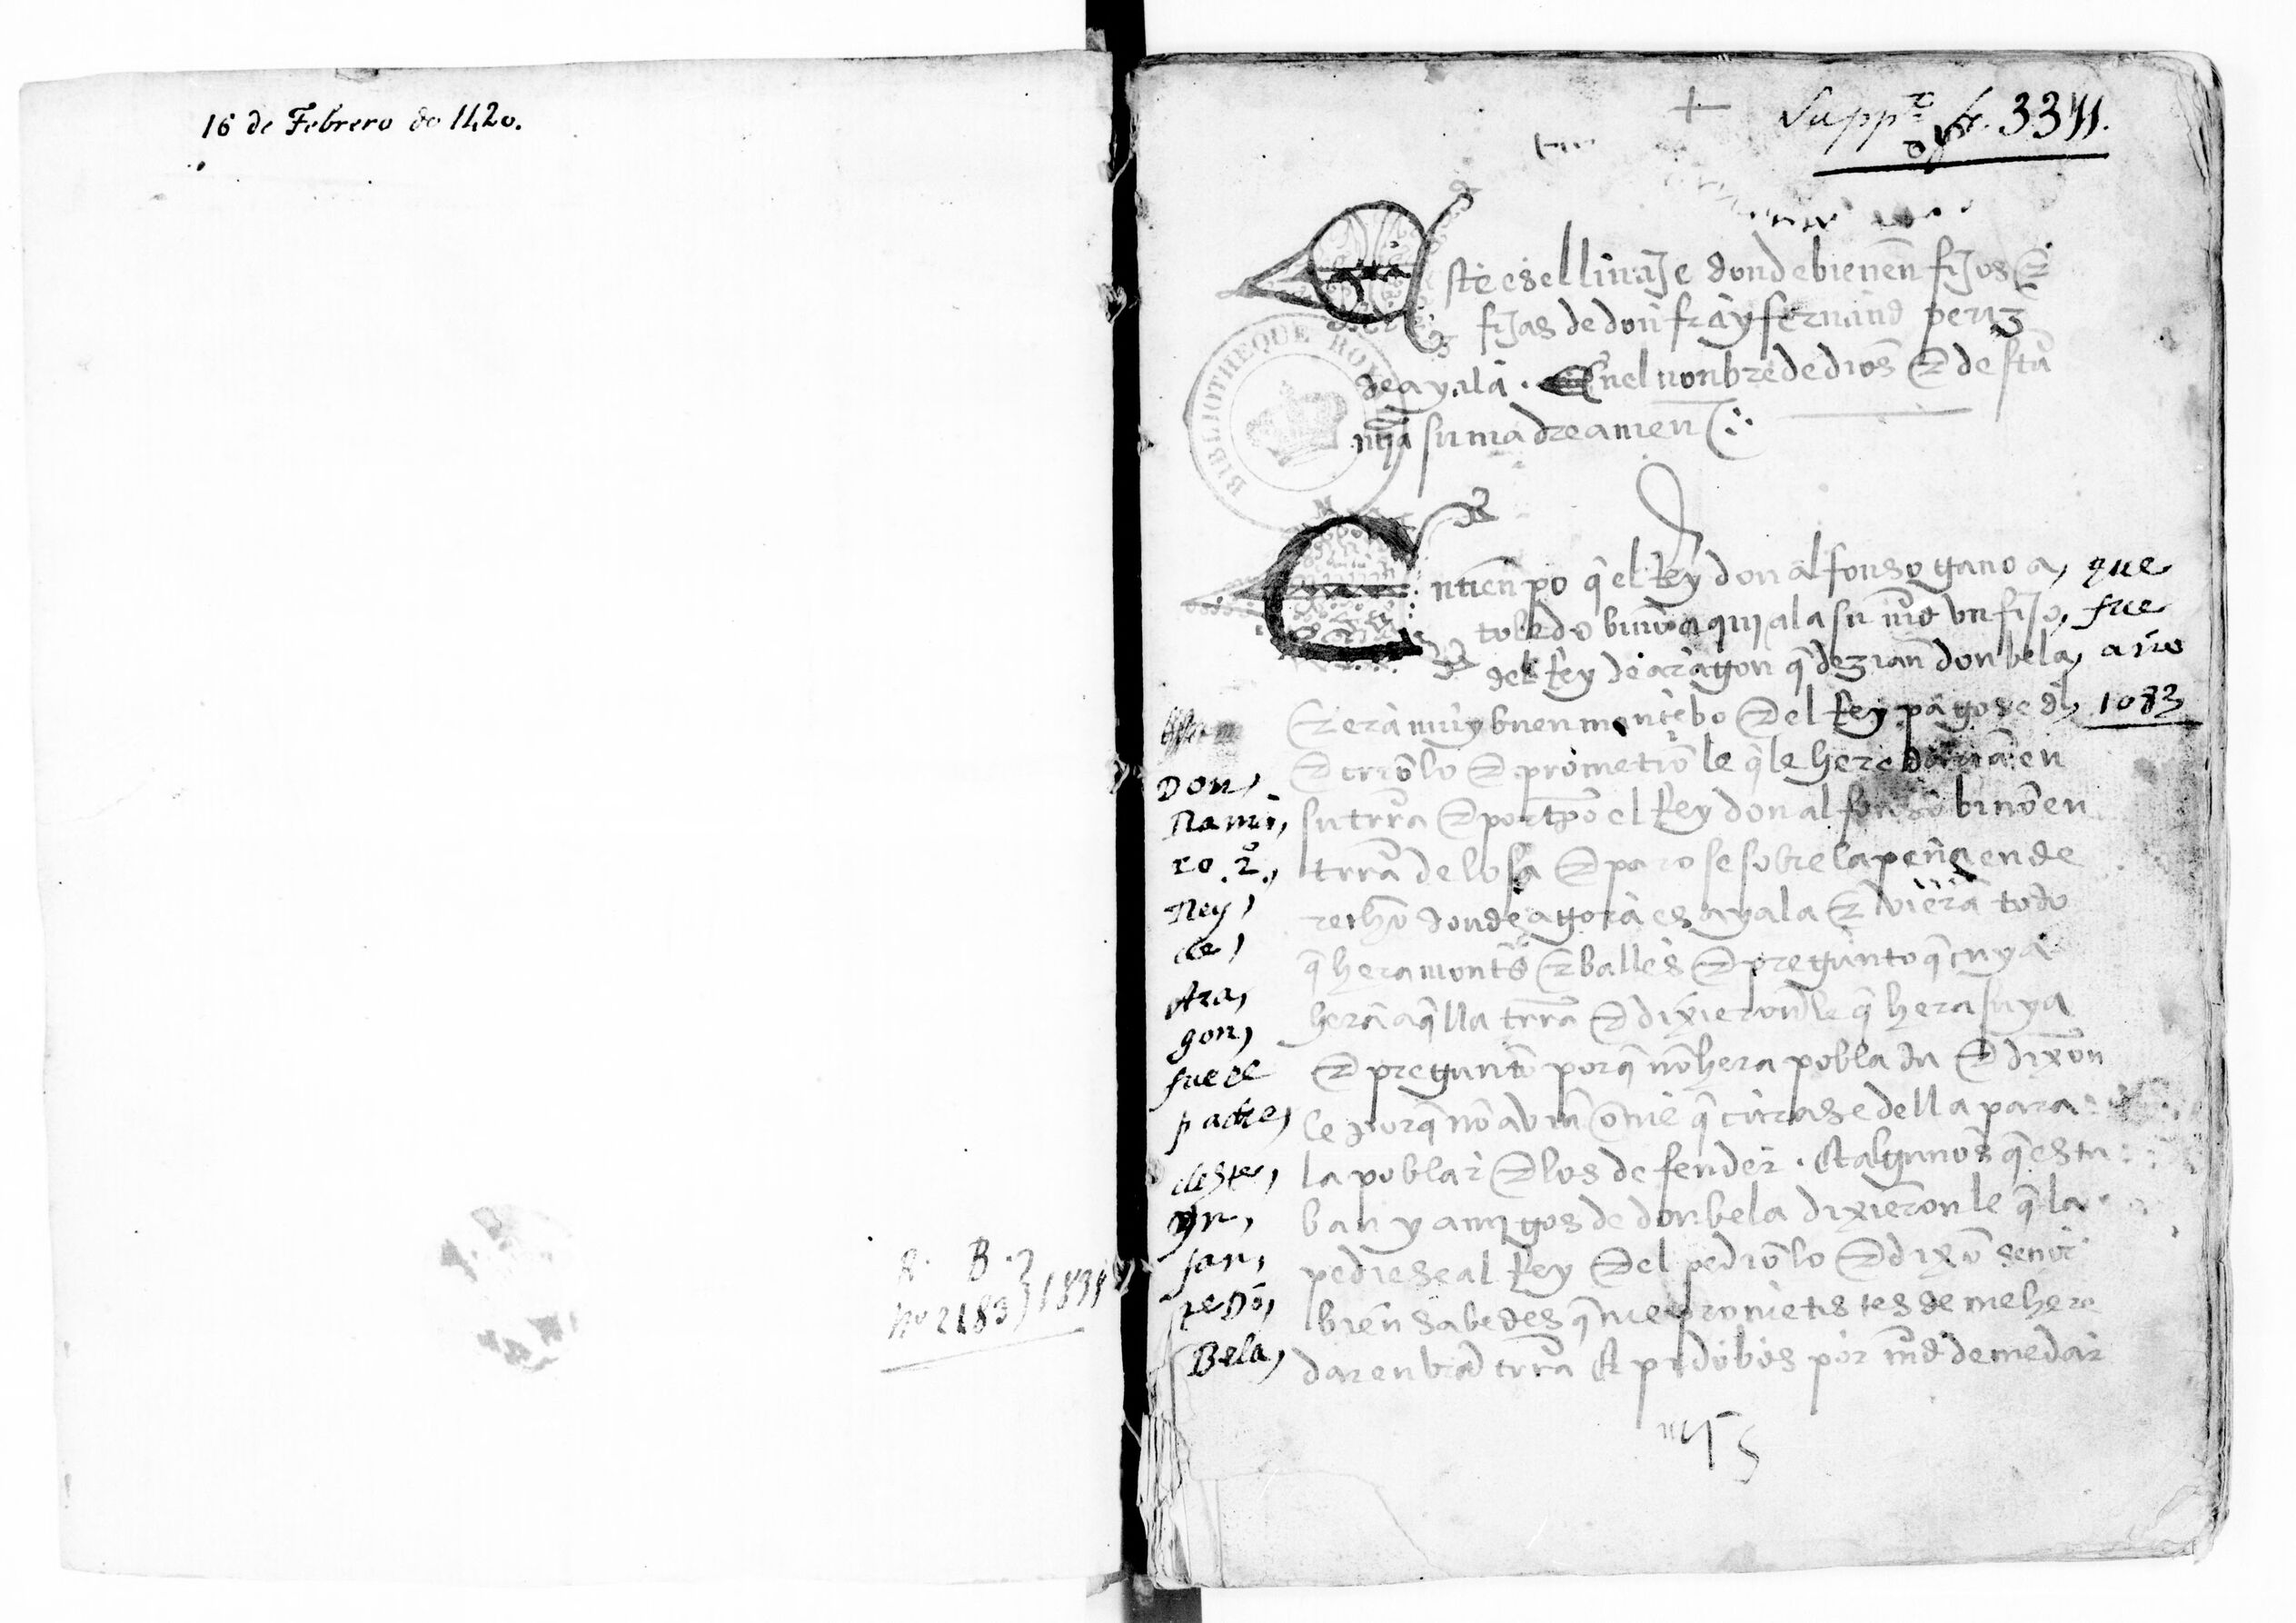
Shelfmark: Paris, BnF, esp. 285
Century: 15